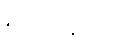
ဓမ္မသေနာပတိ